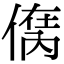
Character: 𠋮